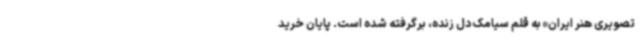
تصویری هنر ایران» به قلم سیامک دل زنده، برگرفته شده است. پایان خرید